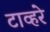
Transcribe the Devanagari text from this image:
टाव्हरे